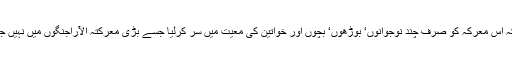
یہی وجہ ہے کہ اس معرکہ کو صرف چند نوجوانوں‘ بوڑھوں‘ بچوں اور خواتین کی معیت میں سر کرلیا جسے بڑی معرکتہ الآراجنگوں میں نہیں جیتا جاسکتا تھا۔